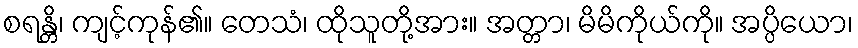
စရန္တိ၊ ကျင့်ကုန်၏။ တေသံ၊ ထိုသူတို့အား။ အတ္တာ၊ မိမိကိုယ်ကို။ အပ္ပိယော၊